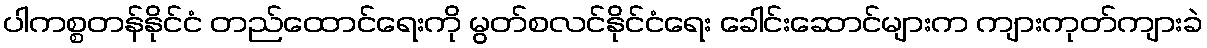
ပါကစ္စတန်နိုင်ငံ တည်ထောင်ရေးကို မွတ်စလင်နိုင်ငံရေး ခေါင်းဆောင်များက ကျားကုတ်ကျားခဲ